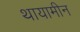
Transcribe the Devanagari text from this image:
थायामीन